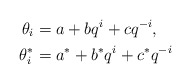
\begin{align*}\theta_i & = a + bq^i + cq^{-i}, \\\theta^*_i & = a^* + b^*q^i + c^*q^{-i} \end{align*}